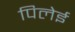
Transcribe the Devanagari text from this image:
पिलेई